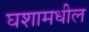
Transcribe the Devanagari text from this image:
घशामधील